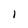
Character: l